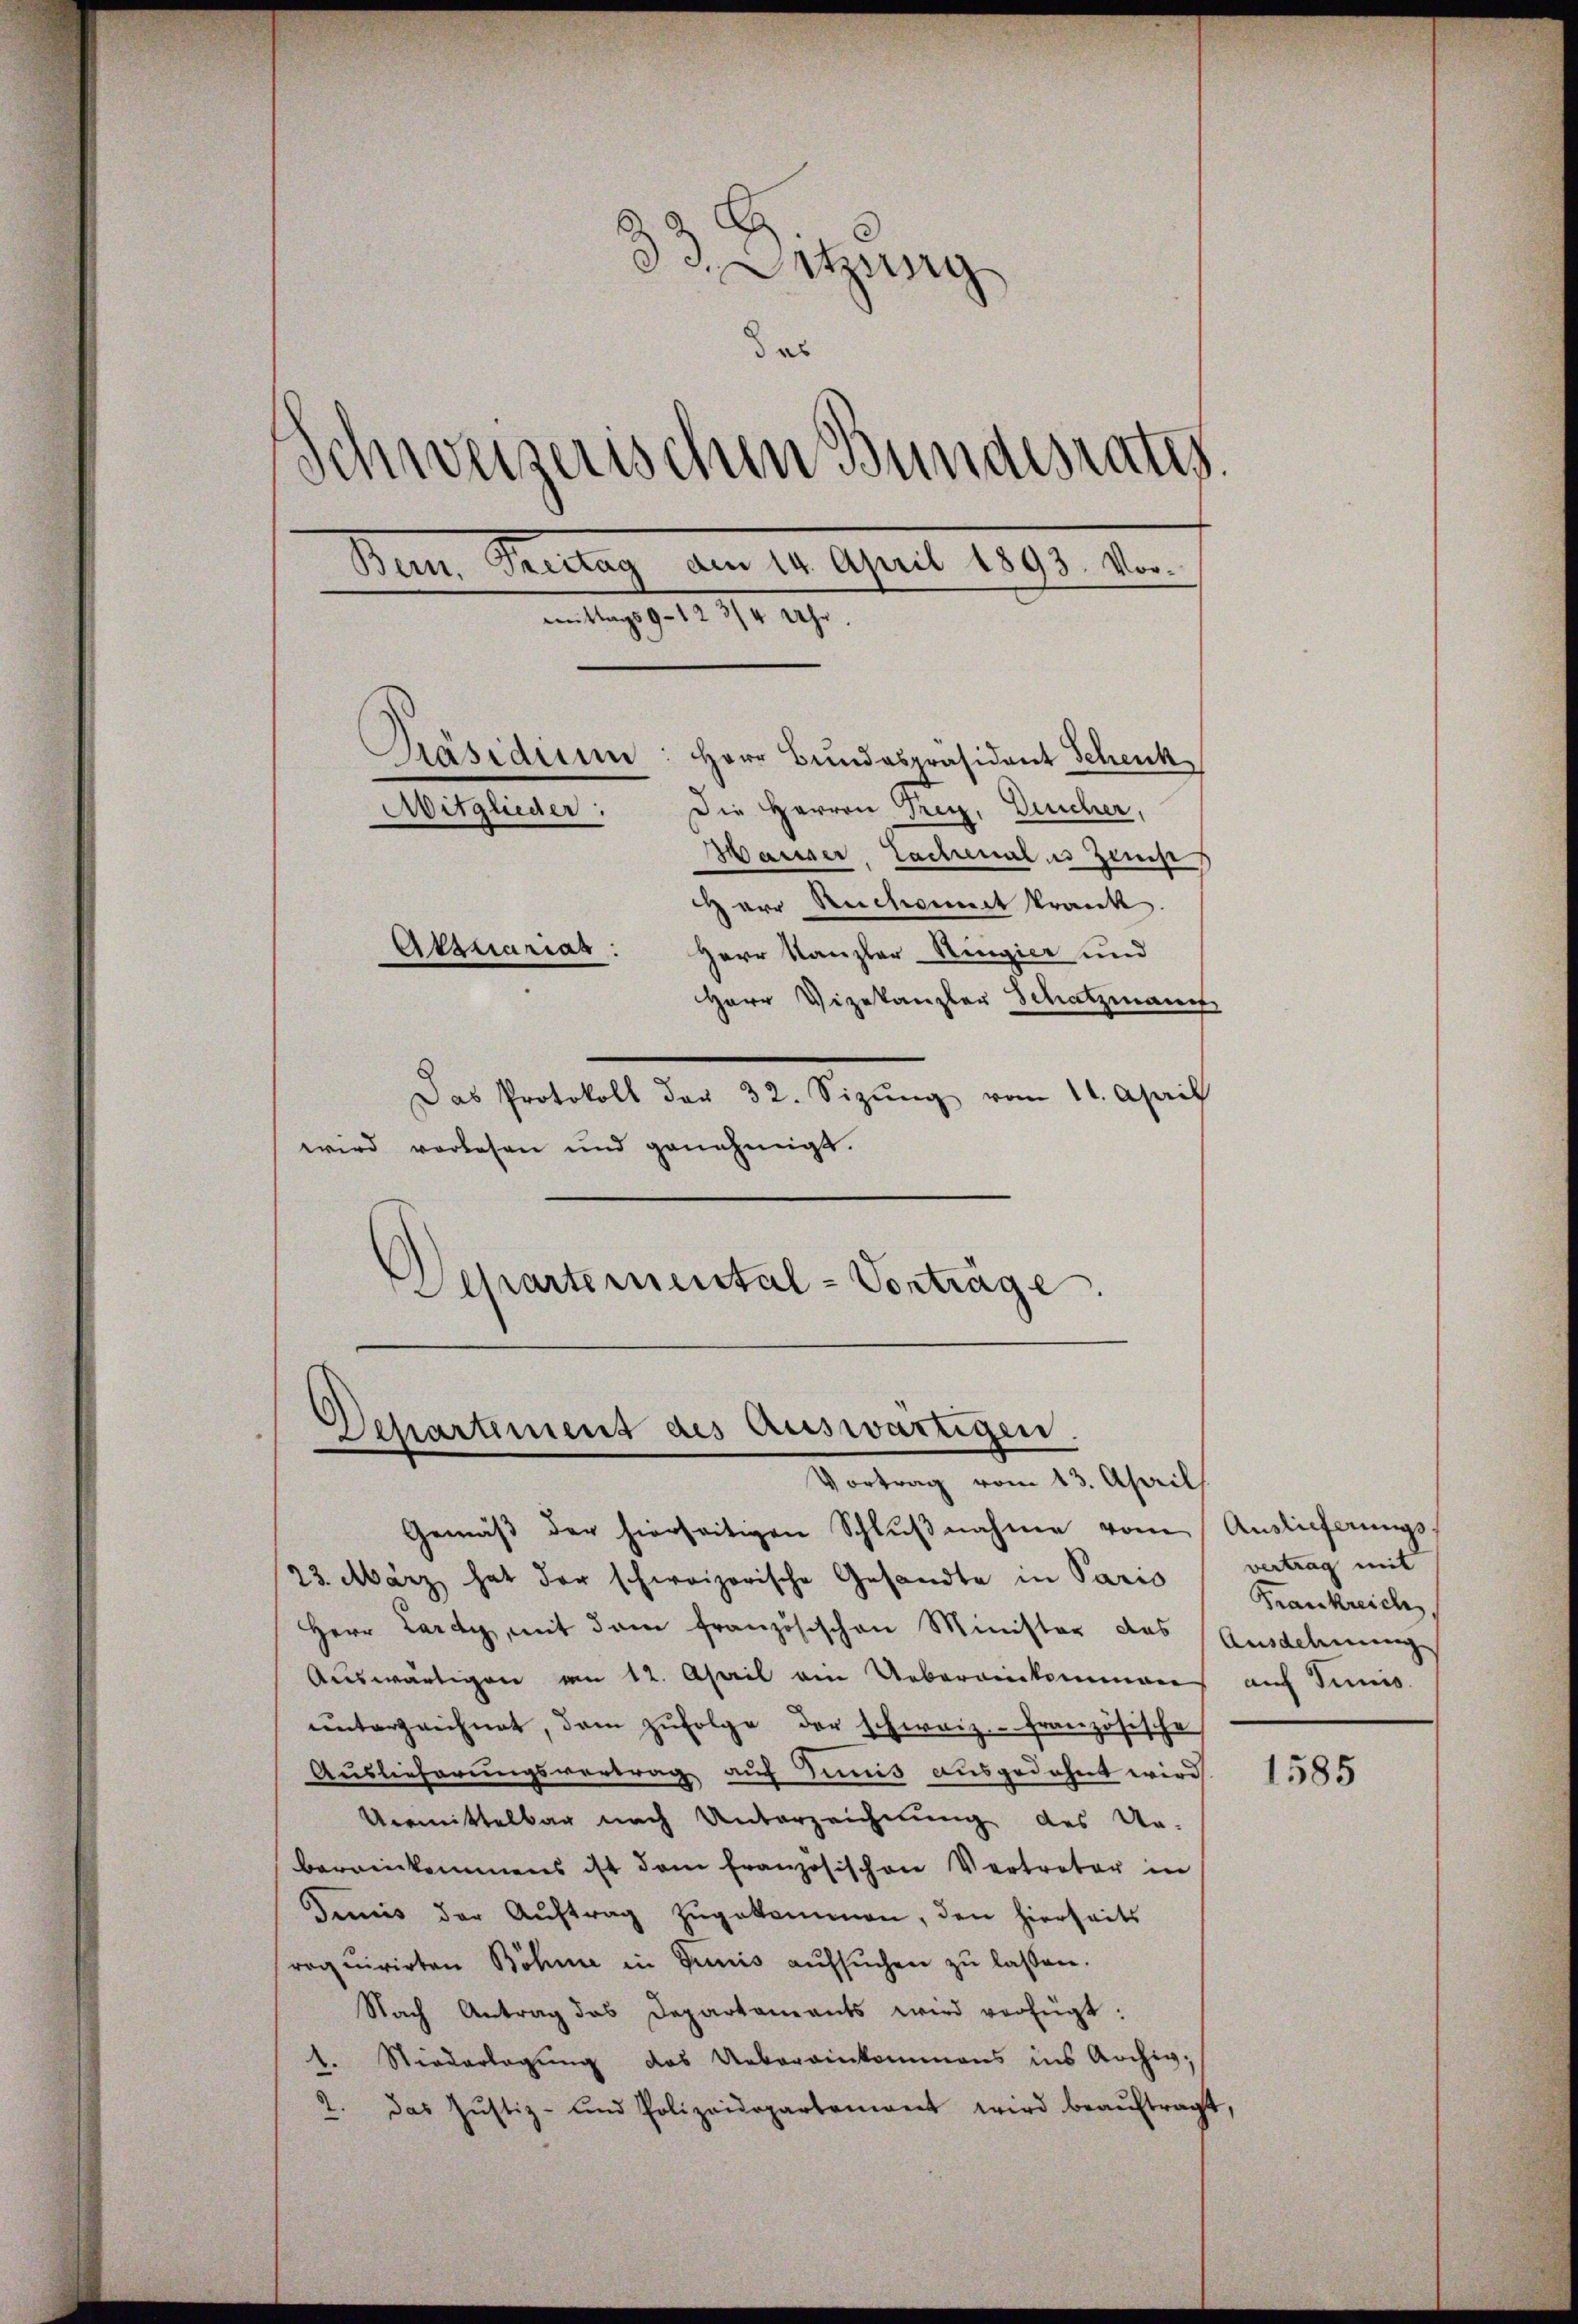
33. Setzung
das
Schweiserischen Bundesrates.
Den Teilung am 1. April 1800. d.
mitag gelt 1/4 189
Präsidium
Herr Bundespräsident Schenk
Die Herren Frey, Gescher,
Avitglieder:
Waiser, Lachenales Zeit
HHerr Reichneit krank
Etsuariag
Herr Kanzler-Ringier und
Herr Vizekanzler Schatzmann

Das Protokoll der 32. Sizŭng vom 11. April
wird vorlesen und genehmigt.
Departemental-Vorträge.

Dchartement des Auswärtigen.
Vortrag vom 13. April

Gemäß der hierseitigen Schlŭβnahme vom Auslieferungs¬
23. März hat der schweizerische Gesandte in Paris
Herr Lardy, mit dem französischen Minister das Ausdehnunge
Auswärtigen am 12. April ein Uebergekommenen
unterzeichnet, dem zufolge der schweiz.- französische
Auslieferungsvertrag auf Simis ausgedehnt wird.
Unmittelbar nach Unterzeichnung des Ur-
bereinkommens ist dem Französischen Vertreter in
Jenis der Aŭftrag zugekommen, den hierseits
roquirirten Böhme in Junis aŭfsŭchen zŭ lassen.
Nach Antrag das Departaments wird verfügt:
1. Stiederlegung das Uebereinkommens ins Archig,
2. das Justiz- und Polizeidepartement wird beaŭftragt,

vertrag mit
Frankreich
auf Junis.

1585